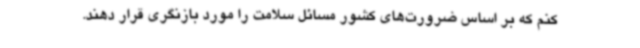
کنم که بر اساس ضرورت‌های کشور مسائل سلامت را مورد بازنگری قرار دهند.